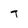
Character: T